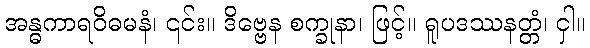
အန္ဓကာရဝိဓမနံ၊ ၎င်း။ ဒိဗ္ဗေန စက္ခုနာ၊ ဖြင့်။ ရူပဒဿနတ္တံ၊ ငှါ။